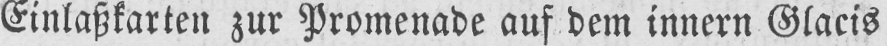
Einlaßkarten zur Promenade auf dem innern Glacis